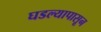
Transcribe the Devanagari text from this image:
घडल्यापासून